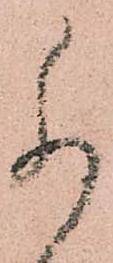
尚